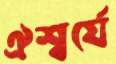
ঐশ্বর্যে